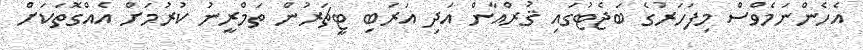
އެހެންނަމެވްސް މިފަހަރުގެ ބަޖެޓުގައި ޤުރްއާން އަދި އަރަބި ޓީޗަރުން ތަމްރީނު ކުރުމަށް އެއްގޮތަކަށް